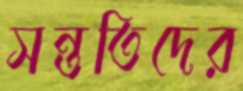
সন্ততিদের